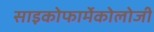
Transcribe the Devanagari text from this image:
साइकोफार्मेकोलोजी